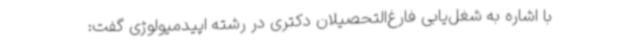
با اشاره به شغل‌یابی فارغ‌التحصیلان دکتری در رشته اپیدمیولوژی گفت: